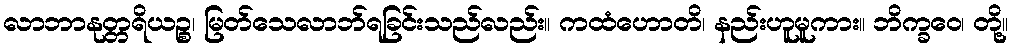
လာဘာနုတ္တရိယဉ္စ၊ မြတ်သေလာဘ်ရခြင်းသည်လည်း။ ကထံဟောတိ၊ နည်းဟူမူကား။ ဘိက္ခဝေ၊ တို့။